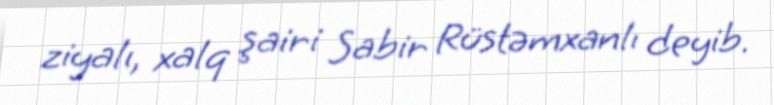
ziyalı, xalq şairi Sabir Rüstəmxanlı deyib.